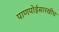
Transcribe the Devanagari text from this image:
पाणपोईसारखीच